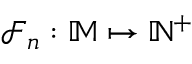
\mathcal { F } _ { n } : \mathbb { M } \mapsto \mathbb { N } ^ { + }